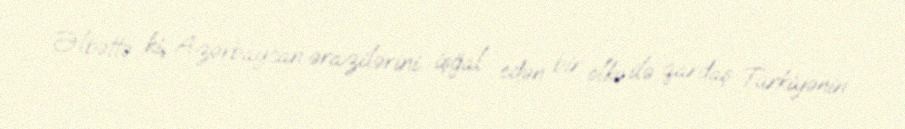
Əlbəttə ki, Azərbaycan ərazilərini işğal edən bir ölkə ilə qardaş Türkiyənin